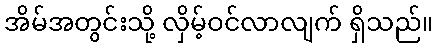
အိမ်အတွင်းသို့ လှိမ့်ဝင်လာလျက် ရှိသည်။